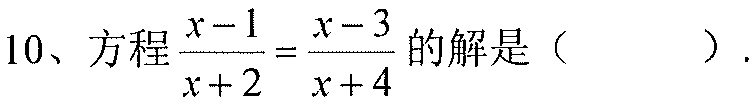
10、方程\(\dfrac{x - 1}{x + 2}=\dfrac{x - 3}{x + 4}\)的解是（  ）.